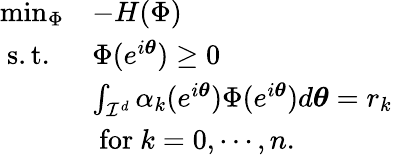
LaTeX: \begin{array}{ll}{\operatorname*{min}_{\Phi}}&{-H(\Phi)}\\ {\mathrm{~s.t.~}}&{\Phi(e^{i\boldsymbol{\theta}})\geq 0}\\ &{\int_{\mathcal{I}^{d}}\alpha_{k}(e^{i\boldsymbol{\theta}})\Phi(e^{i\boldsymbol{\theta}})d\boldsymbol{\theta}=r_{k}}\\ &{\mathrm{~for~}k=0,\cdots,n.}\end{array}